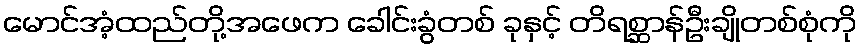
မောင်အံ့ထည်တို့အဖေက ခေါင်းခွံတစ် ခုနှင့် တိရစ္ဆာန်ဦးချိုတစ်စုံကို